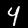
Label: 4